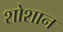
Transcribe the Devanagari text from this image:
शोशान